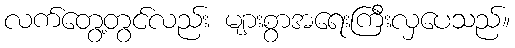
လက်တွေ့တွင်လည်း များစွာအရေးကြီးလှပေသည်။